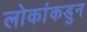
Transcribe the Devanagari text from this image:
लोकांकडुन